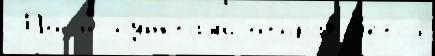
 Посл'е пу́нктам'и отправл'я́етс'я